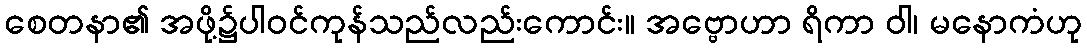
စေတနာ၏ အဖို့၌ပါဝင်ကုန်သည်လည်းကောင်း။ အဗ္ဗောဟာ ရိကာ ဝါ၊ မနောကံဟု